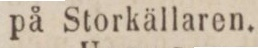
på Storkällaren.